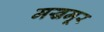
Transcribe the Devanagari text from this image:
मखमूर